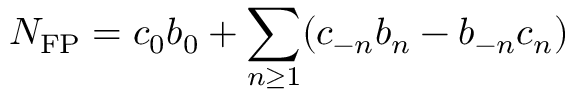
N _ { \mathrm { F P } } = c _ { 0 } b _ { 0 } + \sum _ { n \geq 1 } ( c _ { - n } b _ { n } - b _ { - n } c _ { n } )